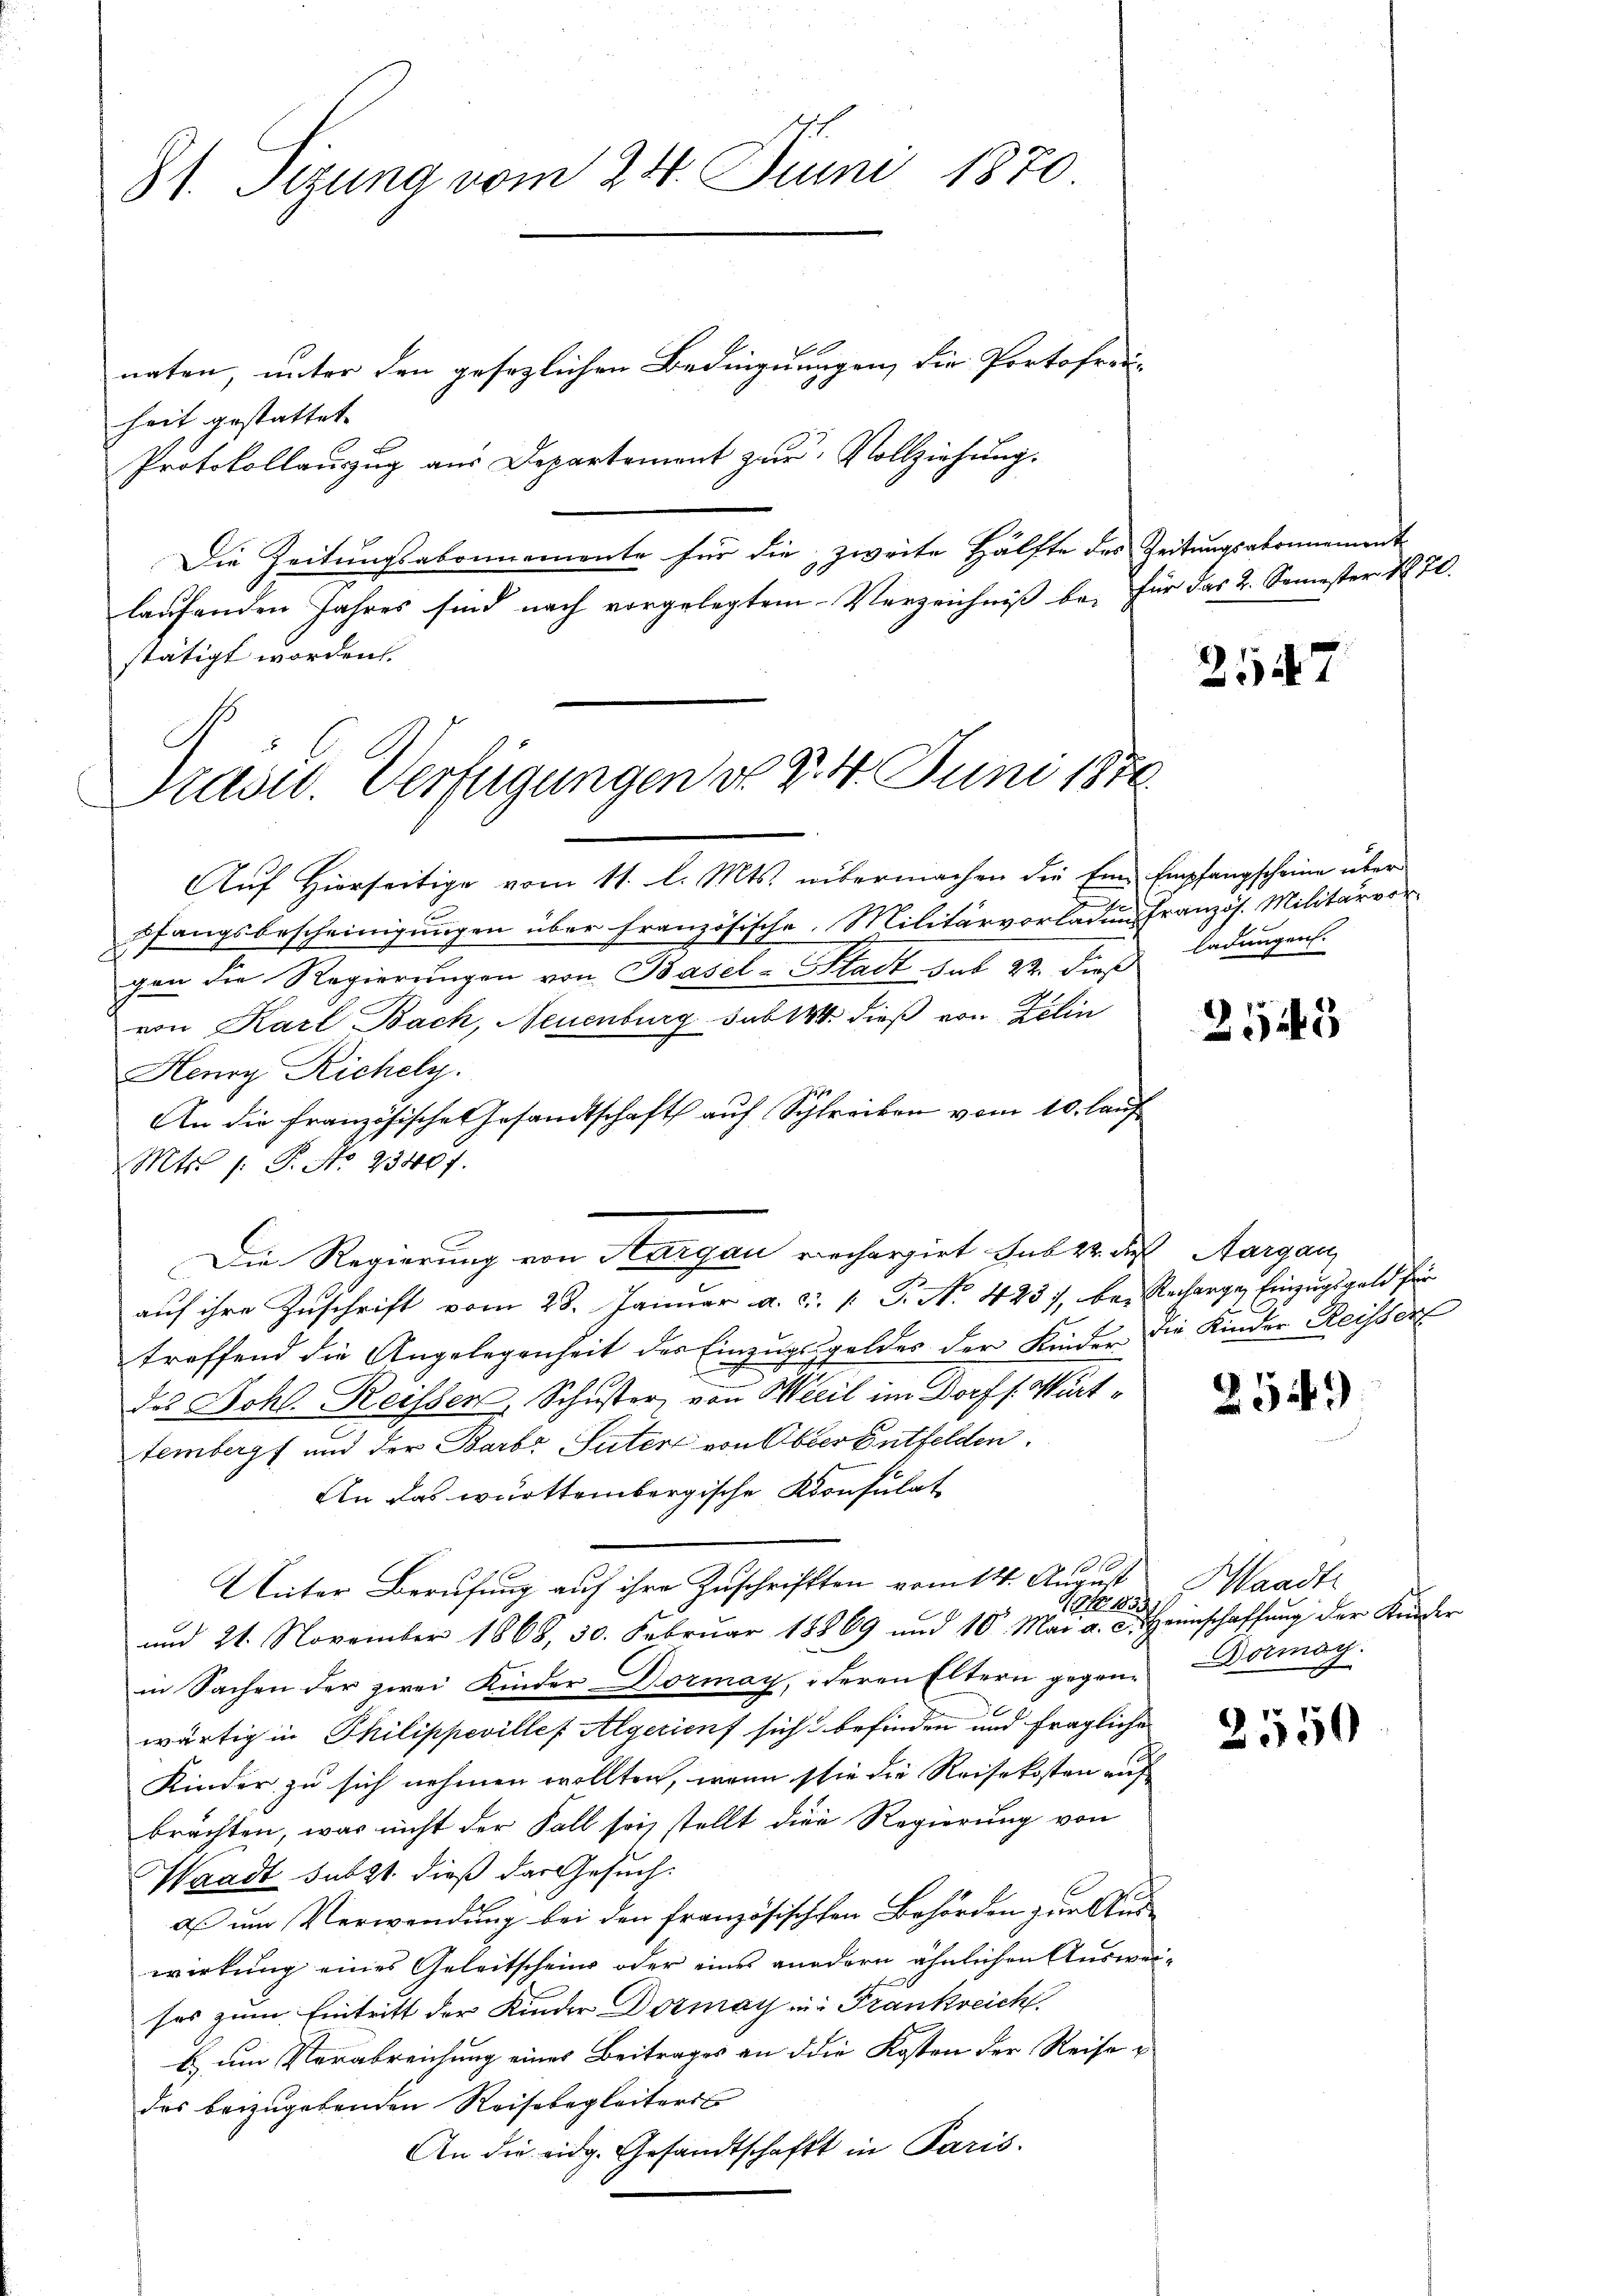
81. Sizung vom 24. Juni 1870

naten, unter den gesezlichen Bedinguungen, die Portofrei-
heit gestattet
Protokollauszug aus Departement zur Vollziehung.
Die Zeitungsabonnemente für die zweite Hälfte des Zeitungsabonnement
laufenden Jahres sind nach vorgelegtem Verzeichniß be- für das 2. Semester 1870.
stätigt worden.
Prau. Verfügungen d. d. 4. Juni 1870

Auf Hierseitige vom 11. l. Mts. übermachen die Ein Empfangscheine über
e
pfangsbescheinigungen über französische Militärvorladung französ. Militärvor
gen die Regierungen von Basel-Stadt sub 22. dieß ladungen.
von Karl Bach, Neuenburg sub 14 dieß von Zelin
Henry Richely.
An die französische Gesandtschaft auf Schreiben vom 10. lauf
Mts. 1. P. Nr. 25407.
auf ihre Zuschrift vom 28. Januar a. c. P. Nr. 423, bei Recharge Einzugsgeld für
treffend die Angelegenheit der Einzugsgeldes der Kinder die Kinder Reisser
des Johl. Reissen, Schuster, von Weil im Dorf /: Württembergt und der Barb. Sutert von Obser Entfelden.
An das württembergische Konsulat
2 No 10
Unter Berufung auf ihre Zuschrifften vom 14. August
10 1834.
und 21. November 1868, 30. Februar 18869 und 10. Mai a. c. Heimschaffŭng der Kräder
in Sachen der zwei Kinder Dormay, deren Eltern gegen- Dermag.
wärtig in Philippevillef Algerient sich befinden und fragliche
Kinder zu sich nehmen wollten, wenn sie die Reisekosten auf
brächten, was nicht der Fall sei, stellt die Regierung von
Waadt subst dieß das Gesuchaß um Verwendung bei den französischehen Behörden zur Auswirkung eines Geleitscheins oder eines andern ähnlichen Ausweisos zum Eintritt der Kinder Dornay in Frankreich
b) um Verabreichung eines Beitrages an die Kosten der Reise
das beizugebenden Reisebegleiteres
An die eidg. Gesandtschaft in Paris.

Die Regierung von Sargau rechargirt haber des Aargau,

2547

2543

2549)

Waadt

2550